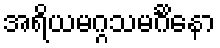
အရိယမဂ္ဂသမင်္ဂိနော